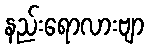
နည်းရောလားဗျာ